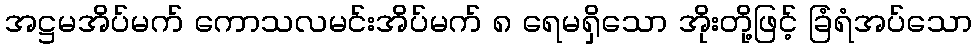
အဋ္ဌမအိပ်မက် ကောသလမင်းအိပ်မက် ၈ ရေမရှိသော အိုးတို့ဖြင့် ခြံရံအပ်သော